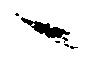
へ